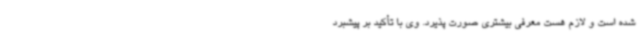
شده است و لازم هست معرفی بیشتری صورت پذیرد. وی با تأکید بر پیشبرد